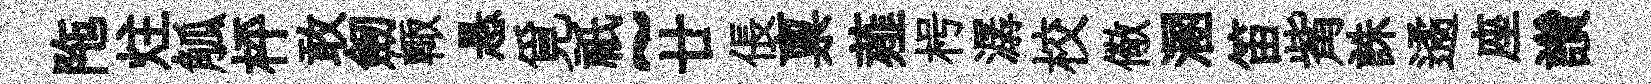
陁炷觚枰敢劒輙悬覓祇~廿倀禀薤枵潺校儆溷笛觜誅遹座讚